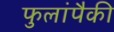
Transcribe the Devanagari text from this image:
फुलांपैकी